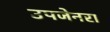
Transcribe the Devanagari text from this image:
उपजेनरा